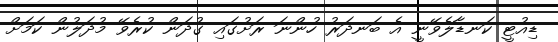
ޑިއުޓީ ކަނޑާލެވޭނީ އެ ބަނދަރު ހުންނަ ރަށުގައި ގުދަން ކުރެވޭ މުދަލުން ކަމަށް